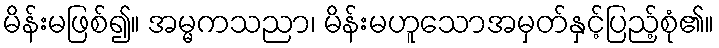
မိန်းမဖြစ်၍။ အမ္မကသညာ၊ မိန်းမဟူသောအမှတ်နှင့်ပြည့်စုံ၏။